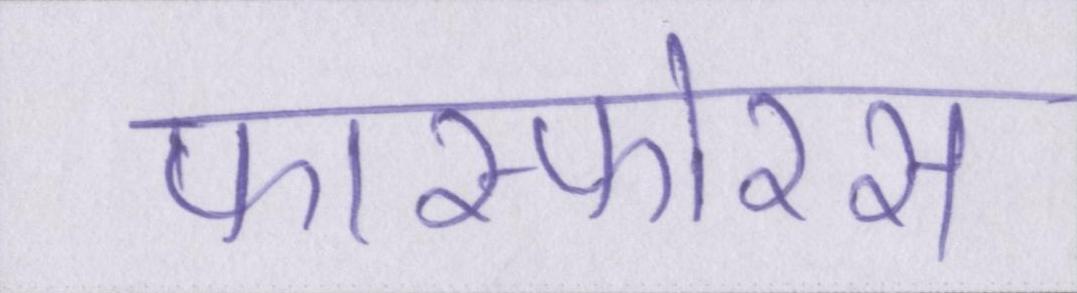
फास्फोरस